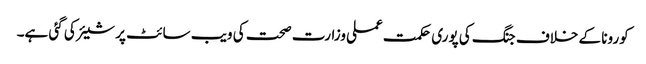
کورونا کے خلاف جنگ کی پوری حکمت عملی وزارت صحت کی ویب سائٹ پر شیئر کی گئی ہے۔